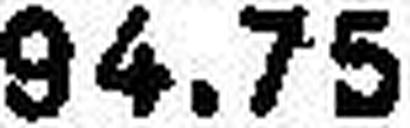
94.75